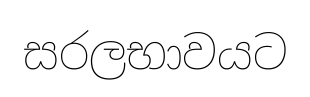
සරලභාවයට